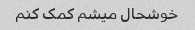
خوشحال میشم کمک کنم